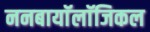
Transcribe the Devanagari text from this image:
ननबायाॅलाॅजिकल